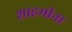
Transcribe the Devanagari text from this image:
शाहमीना